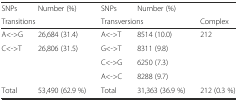
<table><thead><tr><td><b>SNPs</b></td><td><b>Number (%)</b></td><td><b>SNPs</b></td><td><b>Number (%)</b></td><td></td></tr><tr><td colspan="2"><b>Transitions</b></td><td colspan="2"><b>Transversions</b></td><td><b>Complex</b></td></tr></thead><tbody><tr><td>A&lt;-&gt;G</td><td>26,684 (31.4)</td><td>A&lt;-&gt;T</td><td>8514 (10.0)</td><td>212</td></tr><tr><td>C&lt;-&gt;T</td><td>26,806 (31.5)</td><td>G&lt;-&gt;T</td><td>8311 (9.8)</td><td></td></tr><tr><td></td><td></td><td>C&lt;-&gt;G</td><td>6250 (7.3)</td><td></td></tr><tr><td></td><td></td><td>A&lt;-&gt;C</td><td>8288 (9.7)</td><td></td></tr><tr><td>Total</td><td>53,490 (62.9 %)</td><td>Total</td><td>31,363 (36.9 %)</td><td>212 (0.3 %)</td></tr></tbody></table>